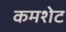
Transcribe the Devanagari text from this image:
कमशेट